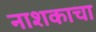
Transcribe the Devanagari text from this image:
नाशकाचा